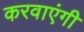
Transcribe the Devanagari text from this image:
करवाएंगी